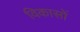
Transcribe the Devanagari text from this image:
विकासों